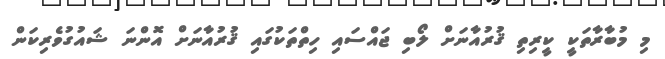
މި މުބާރާތަކީ ކީރިތި ޤުރުއާނަށް ލޯބި ޖައްސައި ހިތްތަކުގައި ޤުރުއާނަށް އޮންނަ ޝައުގުވެރިކަން